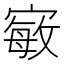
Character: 𭔍